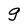
Character: g